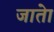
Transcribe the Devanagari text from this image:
जातेा